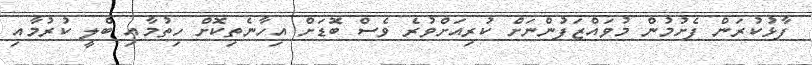
ފާޅުކުރަން ފެށުމުން މުވައްޒަފުންނަށް ކުރިއަށްވުރެ ވެސް ބޮޑަށް އިހާނެތިކޮށް ހިތުމާއި ބްލީ ކުރުމާއި